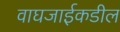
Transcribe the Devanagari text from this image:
वाघजाईकडील